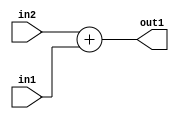
`timescale 1ps / 1ps
/*****************************************************************************
    Verilog RTL Description
    
    
    Created by: Stratus DpOpt 2019.1.01 
*******************************************************************************/

module SobelFilter_Add_12Ux10U_12U_4 (
	in2,
	in1,
	out1
	); /* architecture "behavioural" */ 
input [11:0] in2;
input [9:0] in1;
output [11:0] out1;
wire [11:0] asc001;

assign asc001 = 
	+(in2)
	+(in1);

assign out1 = asc001;
endmodule

/* CADENCE  urnyQgw= : u9/ySgnWtBlWxVPRXgAZ4Og= ** DO NOT EDIT THIS LINE ******/